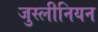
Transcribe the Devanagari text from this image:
जुस्लीनियन